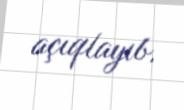
açıqlayıb.